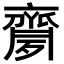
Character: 𪗈